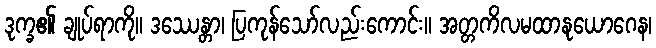
ဒုက္ခ၏ ချုပ်ရာကို။ ဒဿေန္တာ၊ ပြကုန်သော်လည်းကောင်း။ အတ္တကိလမထာနုယောဂေန၊